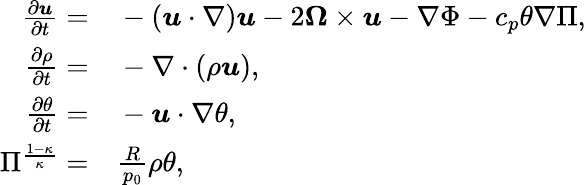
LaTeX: \begin{array}{rl}{\frac{\partial\boldsymbol{u}}{\partial t}=}&{{}-(\boldsymbol{u}\cdot\nabla)\boldsymbol{u}-2\boldsymbol{\Omega}\times\boldsymbol{u}-\nabla\Phi-c_{p}\theta\nabla\Pi,}\\ {\frac{\partial\rho}{\partial t}=}&{{}-\nabla\cdot(\rho\boldsymbol{u}),}\\ {\frac{\partial\theta}{\partial t}=}&{{}-\boldsymbol{u}\cdot\nabla\theta,}\\ {\Pi^{\frac{1-\kappa}{\kappa}}=}&{{}\frac{R}{p_{0}}\rho\theta,}\end{array}